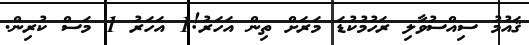
ޤައުމު ސިއްސުވާލި ރަހުމުކުޑަ މަރަށް ތިން އަހަރު!1 އަހަރު 1 މަސް ކުރިން.